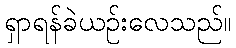
ရှာရန်ခဲယဉ်းလေသည်။